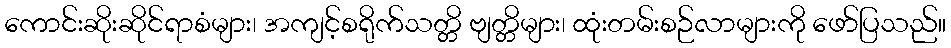
ကောင်းဆိုးဆိုင်ရာစံများ၊ အကျင့်စရိုက်သတ္တိ ဗျတ္တိများ၊ ထုံးတမ်းစဉ်လာများကို ဖော်ပြသည်။